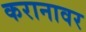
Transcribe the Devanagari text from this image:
करानावर